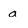
Character: a